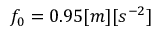
f _ { 0 } = 0 . 9 5 [ m ] [ s ^ { - 2 } ]